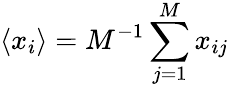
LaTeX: \langle x_{i}\rangle=M^{-1}\sum_{j=1}^{M}x_{ij}